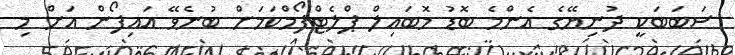
ސަބަބަކީ ދުނިޔޭގެ އެންމެ ބޮޑު މޮބައިލް ޕްލެޓްފޯމްކަމަށް ބުނެވޭ އައިފޯން އަށް މި